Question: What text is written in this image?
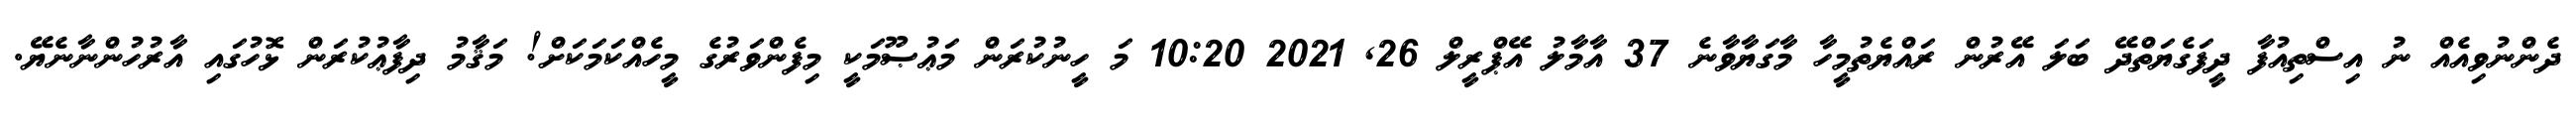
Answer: ދެންނުވިއެއް ނު އިސްތިއުފާ ދީފަގެޔަތްދޭ ބަލަ އޭރުން ރައްޔެތުމީހާ މާގަޔާވާނެ 37 އާމާލު އޭޕްރީލް 26, 2021 10:20 މަ ހީނުކުރަން މަޢުޞޫމަކީ މިފެންވަރުގެ މީހެއްކަމަކަށް! މަޤާމު ދިފާޢުކުރަން ޅޮހުގައި އާރުހުންނާނެޔޭ.